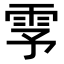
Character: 𬯺